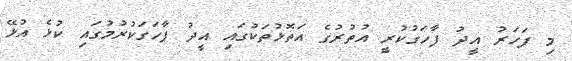
މި ފަހަރު އީދު ފާހަގުކުރީ އުތުރުގެ އަތޮޅުތަކުގައި އީދު ފާހަގަކުރުމުގައި ކުޅެ އުޅޭ